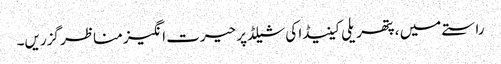
راستے میں ، پتھریلی کینیڈا کی شیلڈ پر حیرت انگیز مناظر گزریں۔